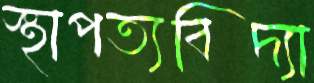
স্থাপত্যবিদ্যা